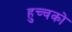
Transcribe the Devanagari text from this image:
हुच्चको